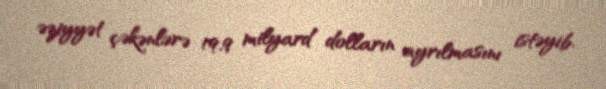
əziyyət çəkənlərə 19,9 milyard dolların ayrılmasını istəyib.